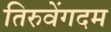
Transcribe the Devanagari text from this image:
तिरुवेंगदम